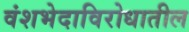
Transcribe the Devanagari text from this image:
वंशभेदाविरोधातील